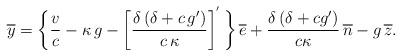
LaTeX: \begin{align*} \overline{y} = \bigg \{ \frac{v}{c}-\kappa \, g -\left[ \frac{\delta \left (\delta+ c \, g'\right)}{c \, \kappa} \right]^{'} \bigg \}\, \overline{e}+\frac{\delta \left (\delta+ cg'\right)}{c\kappa}\,\overline{n} - g \, \overline{z}. \end{align*}